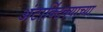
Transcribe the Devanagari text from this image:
अंटार्क्टिक्याच्या